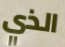
الذي